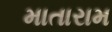
માતારામ